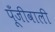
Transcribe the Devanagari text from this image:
पूँजीवाली